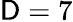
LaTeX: \mathsf{D}=7